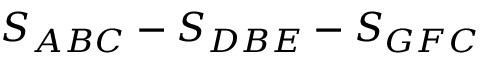
S _ { A B C } - S _ { D B E } - S _ { G F C }